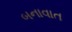
બનાવાત